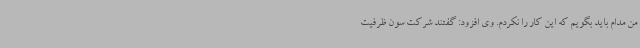
من مدام باید بگویم که این کار را نکردم. وی افزود: گفتند شرکت سون ظرفیت